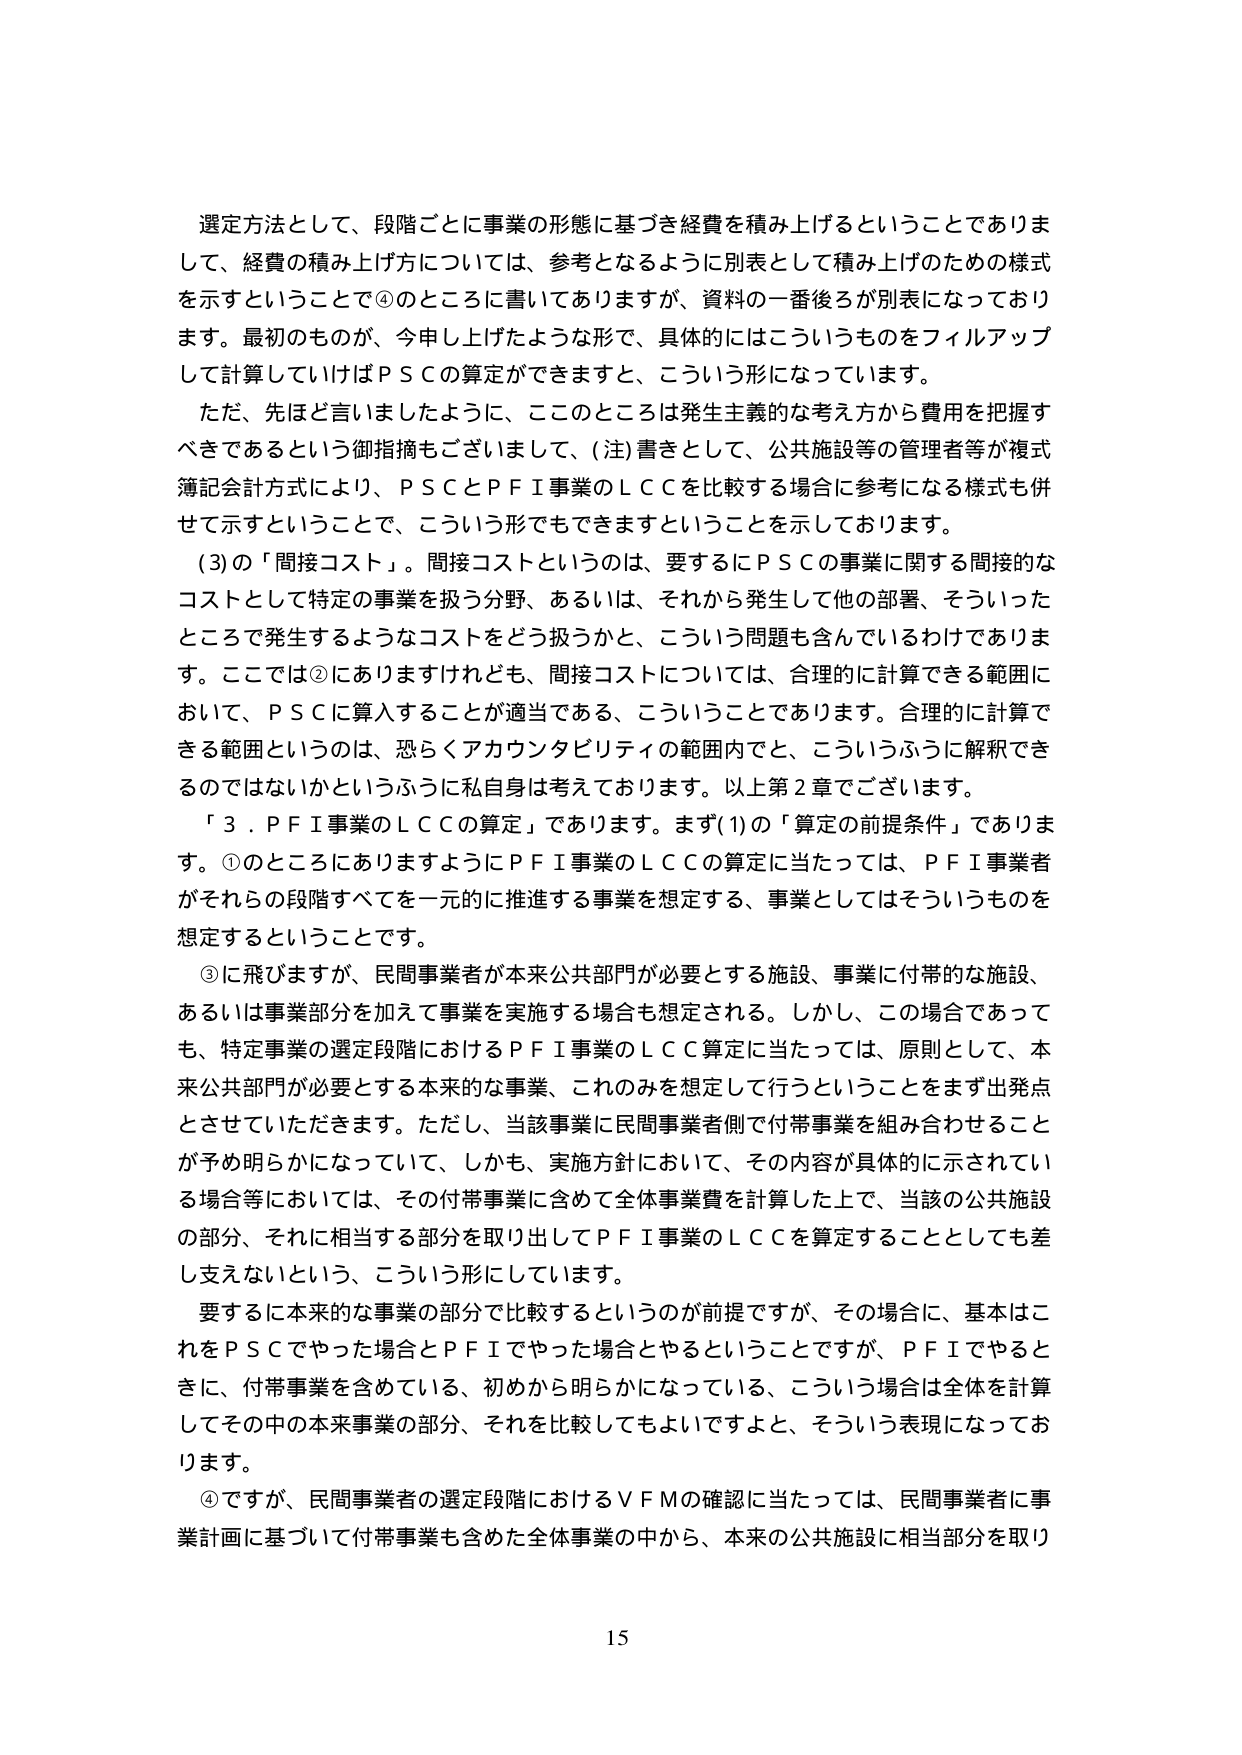
選定方法として、段階ごとに事業の形態に基づき経費を積み上げるということであります。経費の積み上げ方については、参考となるように別表として積み上げのための様式を示すということで④のところに書いてありますが、資料の一番後ろが別表になっております。最初のものが、今申し上げたような形で、具体的にはこういうものをフィルアップして計算していけばＰＳＣの算定ができますと、こういう形になっています。

ただ、先ほど言いましたように、ここのところは発生主義的な考え方から費用を把握すべきであるという御指摘もございまして、（注）書きとして、公共施設等の管理者等が複式簿記会計方式により、ＰＳＣとＰＦＩ事業のＬＣＣを比較する場合に参考になる様式も併せて示すということで、こういう形でもできますということを示しております。

（3）の「間接コスト」。間接コストというのは、要するにＰＳＣの事業に関する間接的なコストとして特定の事業を扱う分野、あるいは、それから発生して他の部署、そういったところで発生するようなコストをどう扱うかと、こういう問題も含んでいるわけであります。ここでは②にありますけれども、間接コストについては、合理的に計算できる範囲において、ＰＳＣに算入することが適当である、こういうことであります。合理的に計算できる範囲というのは、恐らくアカウンタビリティの範囲内でと、こういうふうに解釈できるのではないかというふうに私自身は考えております。以上第2章でございます。

「3．ＰＦＩ事業のＬＣＣの算定」であります。まず（1）の「算定の前提条件」であります。①のところにありますようにＰＦＩ事業のＬＣＣの算定に当たっては、ＰＦＩ事業者がそれらの段階すべてを一元的に推進する事業を想定する、事業としてはそういうものを想定するということです。

③に飛びますが、民間事業者が本来公共部門が必要とする施設、事業に付帯的な施設、あるいは事業部分を加えて事業を実施する場合も想定される。しかし、この場合であっても、特定事業の選定段階におけるＰＦＩ事業のＬＣＣ算定に当たっては、原則として、本来公共部門が必要とする本来的な事業、これのみを想定して行うということをまず出発点とさせていただきます。ただし、当該事業に民間事業者側で付帯事業を組み合わせることが予め明らかになっていて、しかも、実施方針において、その内容が具体的に示されている場合等においては、その付帯事業に含めて全体事業費を計算した上で、当該の公共施設の部分、それに相当する部分を取り出してＰＦＩ事業のＬＣＣを算定することとしても差し支えないという、こういう形にしていきます。

要するに本来的な事業の部分で比較するというのが前提ですが、その場合に、基本はこれをＰＳＣでやった場合とＰＦＩでやった場合とやるということですが、ＰＦＩでやるときに、付帯事業を含めている、初めから明らかになっている、こういう場合は全体を計算してその中の本来事業の部分、それを比較してもよいですよと、そういう表現になっております。

④ですが、民間事業者の選定段階におけるＶＦＭの確認に当たっては、民間事業者に事業計画に基づいて付帯事業も含めた全体事業の中から、本来の公共施設に相当部分を取り

15